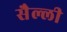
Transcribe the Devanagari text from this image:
सैल्ली